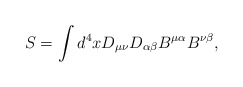
\begin{align*} S=\int d^4x D_{\mu\nu}D_{\alpha\beta}B^{\mu\alpha}B^{\nu\beta},\end{align*}